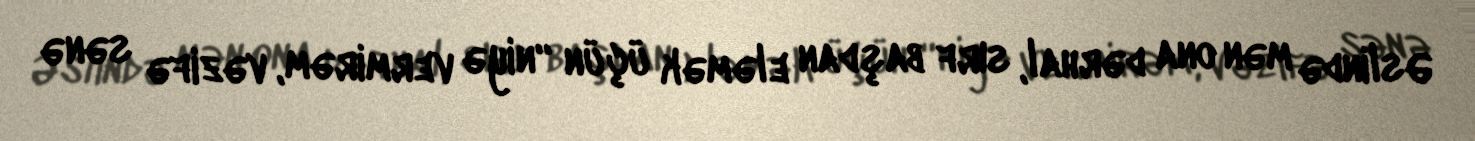
Əslində mən ona dərhal, sırf başdan eləmək üçün “niyə vermirəm, vəzifə sənə